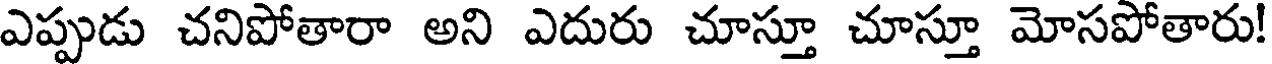
ఎప్పుడు చనిపోతారా అని ఎదురు చూస్తూ చూస్తూ మోసపోతారు!